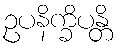
ဥပနိက္ခိပန္တိ